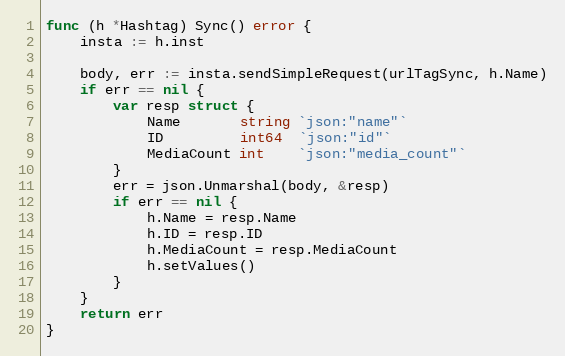
Language: Go
func (h *Hashtag) Sync() error {
	insta := h.inst

	body, err := insta.sendSimpleRequest(urlTagSync, h.Name)
	if err == nil {
		var resp struct {
			Name       string `json:"name"`
			ID         int64  `json:"id"`
			MediaCount int    `json:"media_count"`
		}
		err = json.Unmarshal(body, &resp)
		if err == nil {
			h.Name = resp.Name
			h.ID = resp.ID
			h.MediaCount = resp.MediaCount
			h.setValues()
		}
	}
	return err
}